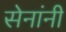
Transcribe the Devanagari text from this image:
सेनांनी